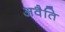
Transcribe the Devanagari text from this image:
अवैति